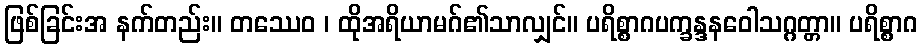
ဖြစ်ခြင်းအ နက်တည်း။ တဿေဝ ၊ ထိုအရိယာမဂ်၏သာလျှင်။ ပရိစ္စာဂပက္ခန္ဒနဝေါသဂ္ဂတ္တာ။ ပရိစ္စာဂ